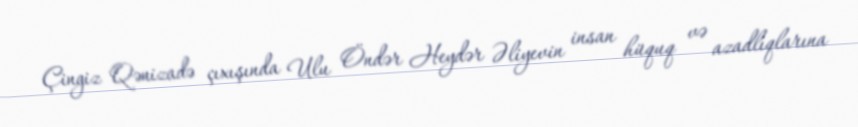
Çingiz Qənizadə çıxışında Ulu Öndər Heydər Əliyevin insan hüquq və azadlıqlarına